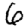
Digit: 6